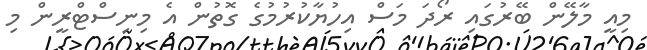
މިއީ މާލޭން ބޭރުގައި ރޯދަ މަސް އިހުޔާކުރުމުގެ ގޮތުން އެ މިނިސްޓްރީން މި